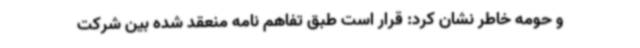
و حومه خاطر نشان کرد: قرار است طبق تفاهم نامه منعقد شده بین شرکت